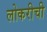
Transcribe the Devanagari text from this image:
लोकरीची